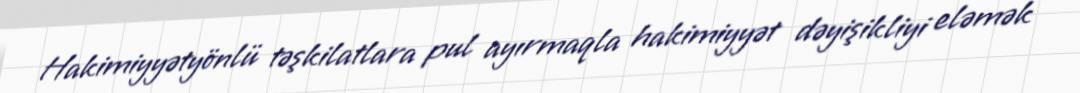
Hakimiyyətyönlü təşkilatlara pul ayırmaqla hakimiyyət dəyişikliyi eləmək